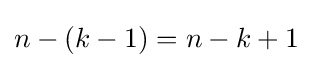
n-(k-1)=n-k+1